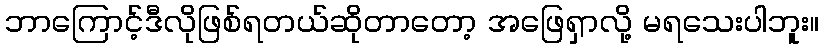
ဘာကြောင့်ဒီလိုဖြစ်ရတယ်ဆိုတာတော့ အဖြေရှာလို့ မရသေးပါဘူး။